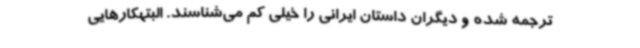
ترجمه شده و دیگران داستان ایرانی را خیلی کم می‌شناسند. البتهکارهایی